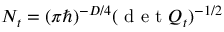
N _ { t } = ( \pi \hbar ) ^ { - D / 4 } ( \mathrm { ~ d ~ e ~ t ~ } Q _ { t } ) ^ { - 1 / 2 }